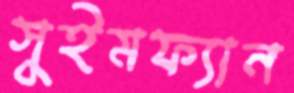
সুইমফ্যান